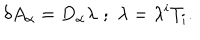
\delta A _ { \alpha } = D _ { \alpha } \lambda \, \, ; \, \, \lambda = \lambda ^ { i } T _ { i } .